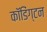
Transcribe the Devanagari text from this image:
कॉडिंग्टन